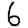
Digit: 6